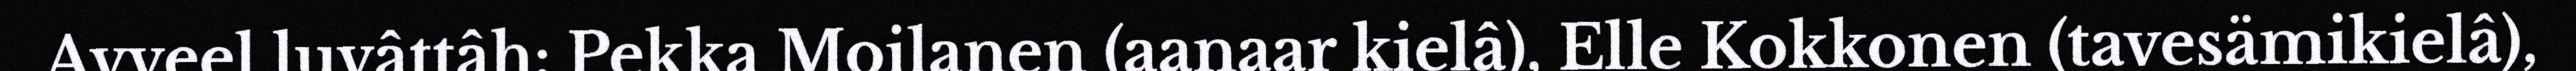
Avveel luvâttâh: Pekka Moilanen (aanaar kielâ), Elle Kokkonen (tavesämikielâ),